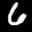
Digit: 6